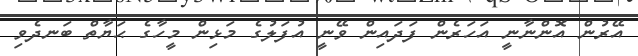
އޭރުން އޮންނާނީ އަހަރެން ފަދައިން ވޭނީ އުފަލުގެ މަޅިން މީހާގެ ޙަޔާތް ބަނދެވި